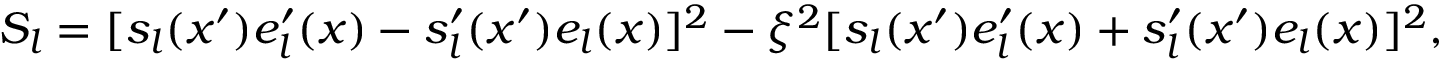
S _ { l } = [ s _ { l } ( x ^ { \prime } ) e _ { l } ^ { \prime } ( x ) - s _ { l } ^ { \prime } ( x ^ { \prime } ) e _ { l } ( x ) ] ^ { 2 } - \xi ^ { 2 } [ s _ { l } ( x ^ { \prime } ) e _ { l } ^ { \prime } ( x ) + s _ { l } ^ { \prime } ( x ^ { \prime } ) e _ { l } ( x ) ] ^ { 2 } ,